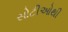
સોટીઓથી